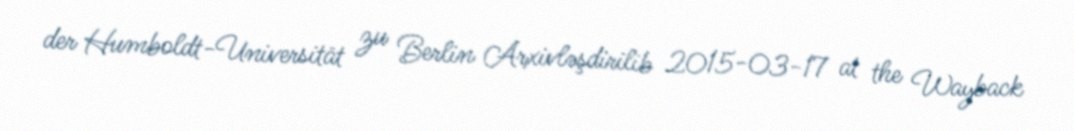
der Humboldt-Universität zu Berlin Arxivləşdirilib 2015-03-17 at the Wayback